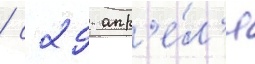
/ с 29 апр'е́л'я